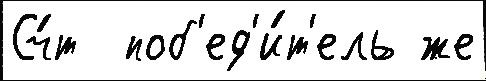
Сч́т  поб'ед'и́т'ель же